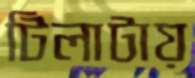
টিলাটায়